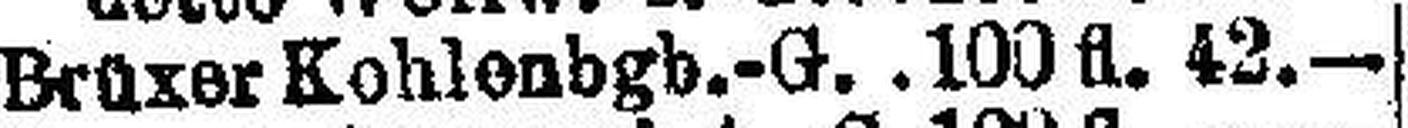
Brüxer Kohlenbgb.-G. 100 fl. 42.—